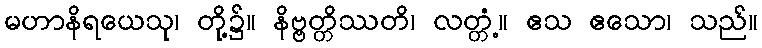
မဟာနိရယေသု၊ တို့၌။ နိဗ္ဗတ္တိဿတိ၊ လတ္တံ့။ ဧသ ဧသော၊ သည်။